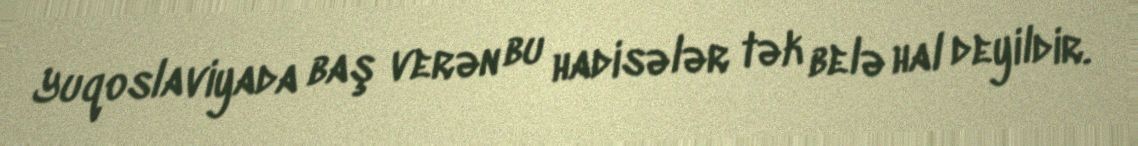
Yuqoslaviyada baş verən bu hadisələr tək belə hal deyildir.